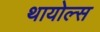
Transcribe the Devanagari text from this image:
थायोल्स